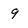
Character: 9